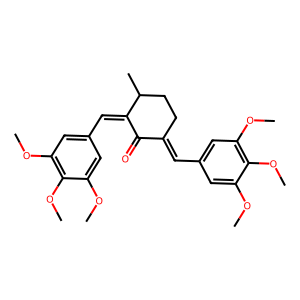
SMILES: COc1cc(C=C2CCC(C)C(=Cc3cc(OC)c(OC)c(OC)c3)C2=O)cc(OC)c1OC
Inhibits HIV replication: No